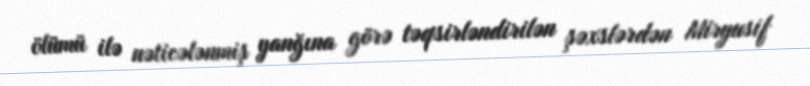
ölümü ilə nəticələnmiş yanğına görə təqsirləndirilən şəxslərdən Miryusif